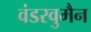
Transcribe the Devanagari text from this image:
वंडरवुमैन